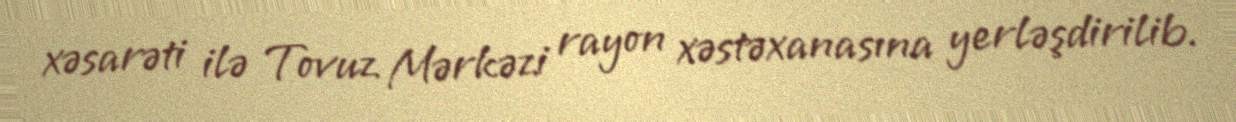
xəsarəti ilə Tovuz Mərkəzi rayon xəstəxanasına yerləşdirilib.